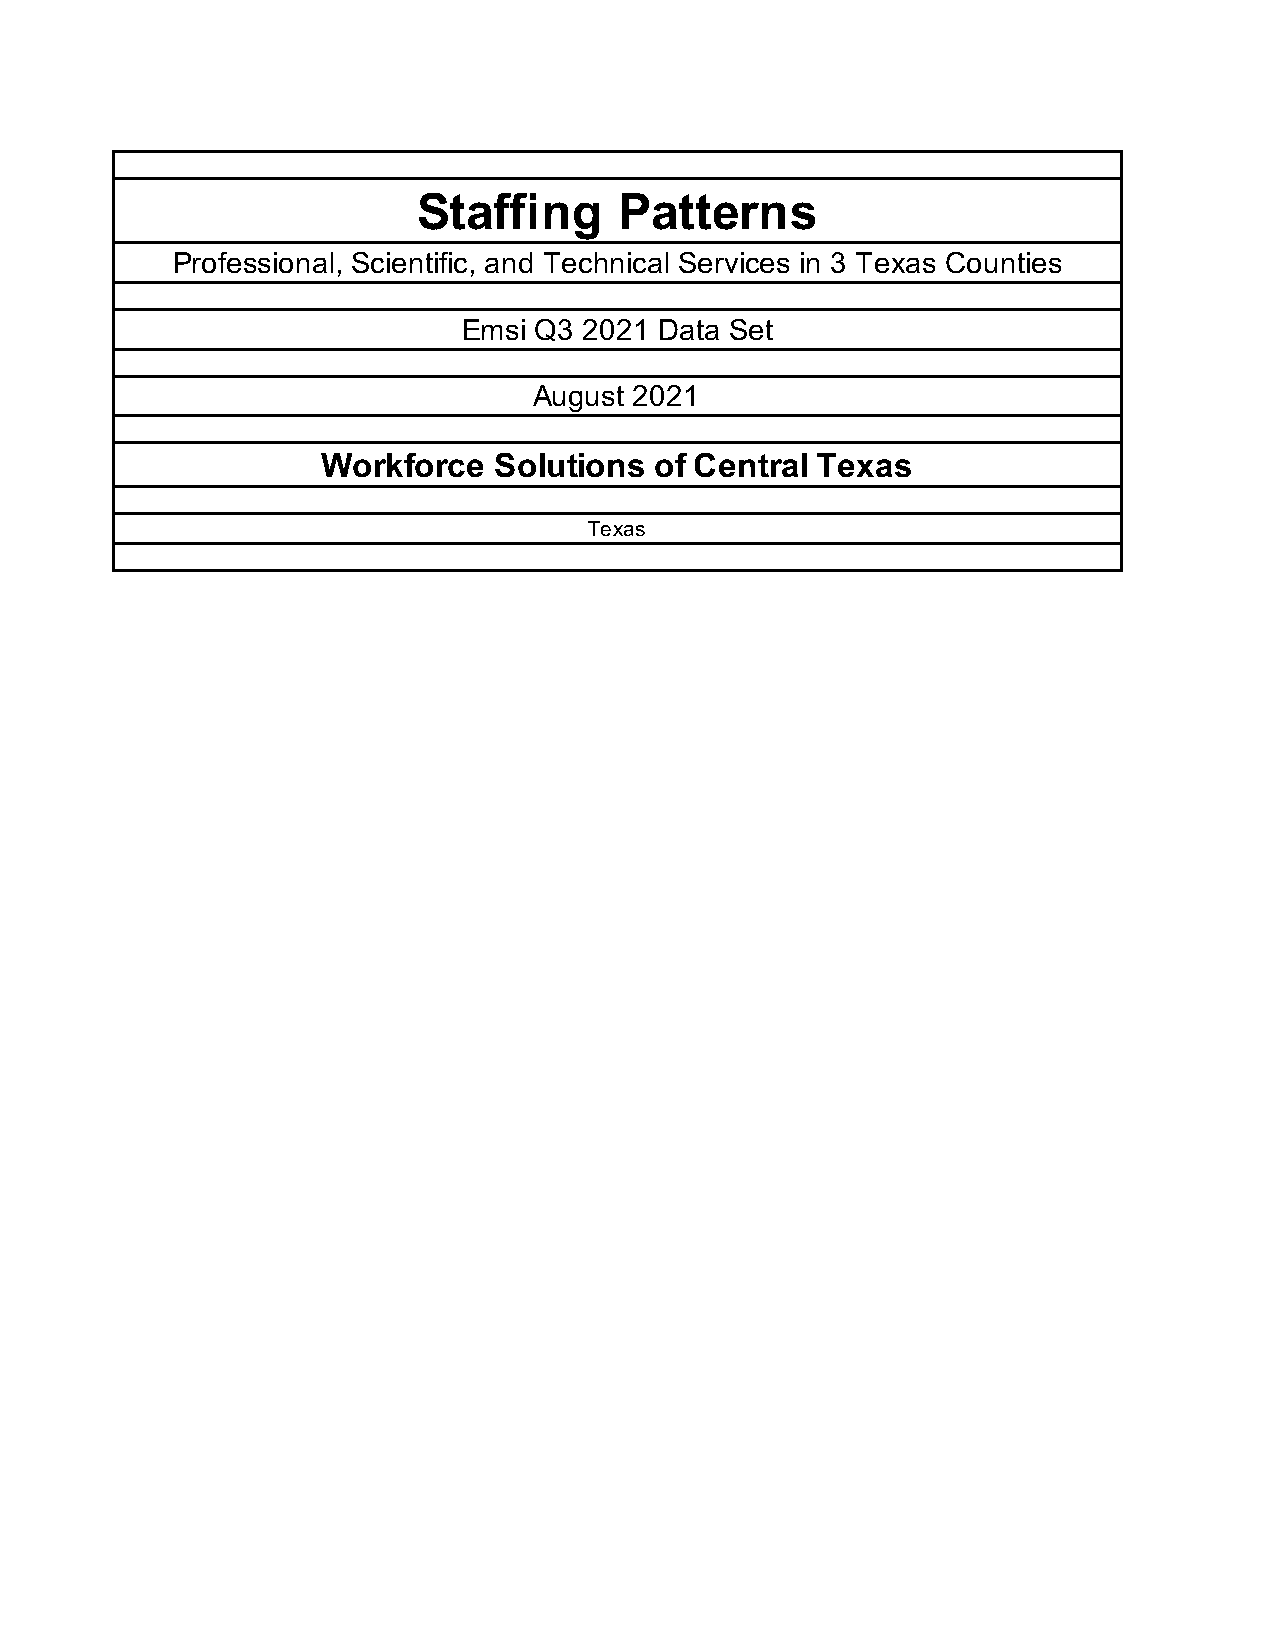
Staffing     Patterns
 Professional, Scientific, and Technical Services in 3 Texas Counties
 Emsi Q3 2021 Data Set
 August 2021
 Workforce   Solutions of Central Texas
 Texas